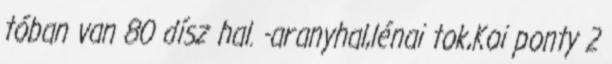
tóban van 80 dísz hal. -aranyhal,lénai tok,Koi ponty 2